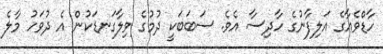
ހާޑްވެއާގެ އަލިފާނުގެ ހާދިސާ އެވެ. ސަބަބަކީ ދުމުގެ ވިލާގަނޑަކުން އެ ދުވަހު މާލެ